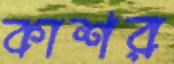
কাশর